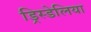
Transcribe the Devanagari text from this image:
ड्रिस्डेलिया